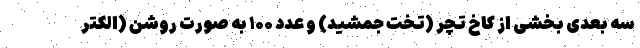
سه بعدی بخشی از کاخ تچر (تخت جمشید) و عدد ۱۰۰ به صورت روشن (الکتر